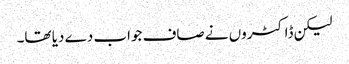
لیکن ڈاکٹروں نے صاف جواب دے دیا تھا۔